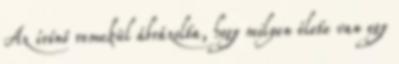
Az írónő remekül ábrázolta, hogy milyen élete van egy